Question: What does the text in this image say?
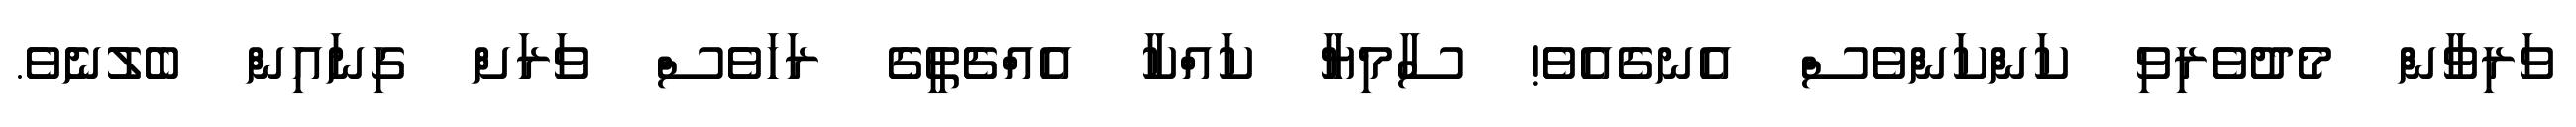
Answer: ވަރިވާން މެދުވެރިވި ކަންކަންވެސް އެނގެއެވެ! ސާމިޔާ ކައްކާ އެއްޗެތީގެ ރަހަވެސް ވަރަށް ގިނައިން ބެލުނެވެ.